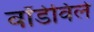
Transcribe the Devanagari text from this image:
वॉडेविले